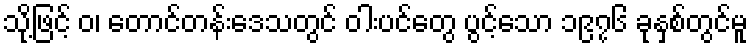
သို့ဖြင့် ဝ၊ တောင်တန်းဒေသတွင် ဝါးပင်တွေ ပွင့်သော ၁၉၇၆ ခုနှစ်တွင်မူ